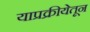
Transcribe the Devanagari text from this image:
याप्रक्रीयेतून